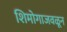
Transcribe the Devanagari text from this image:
शिमोगाजवळून